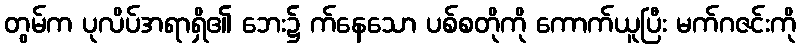
တွမ်က ပုလိပ်အရာရှိ၏ ဘေး၌ က်နေသော ပစ်စတိုကို ကောက်ယူပြီး မက်ဂဇင်းကို